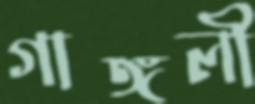
গাঙ্গলী